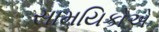
સામયિકોએ